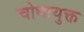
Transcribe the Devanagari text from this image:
चोथायुक्त